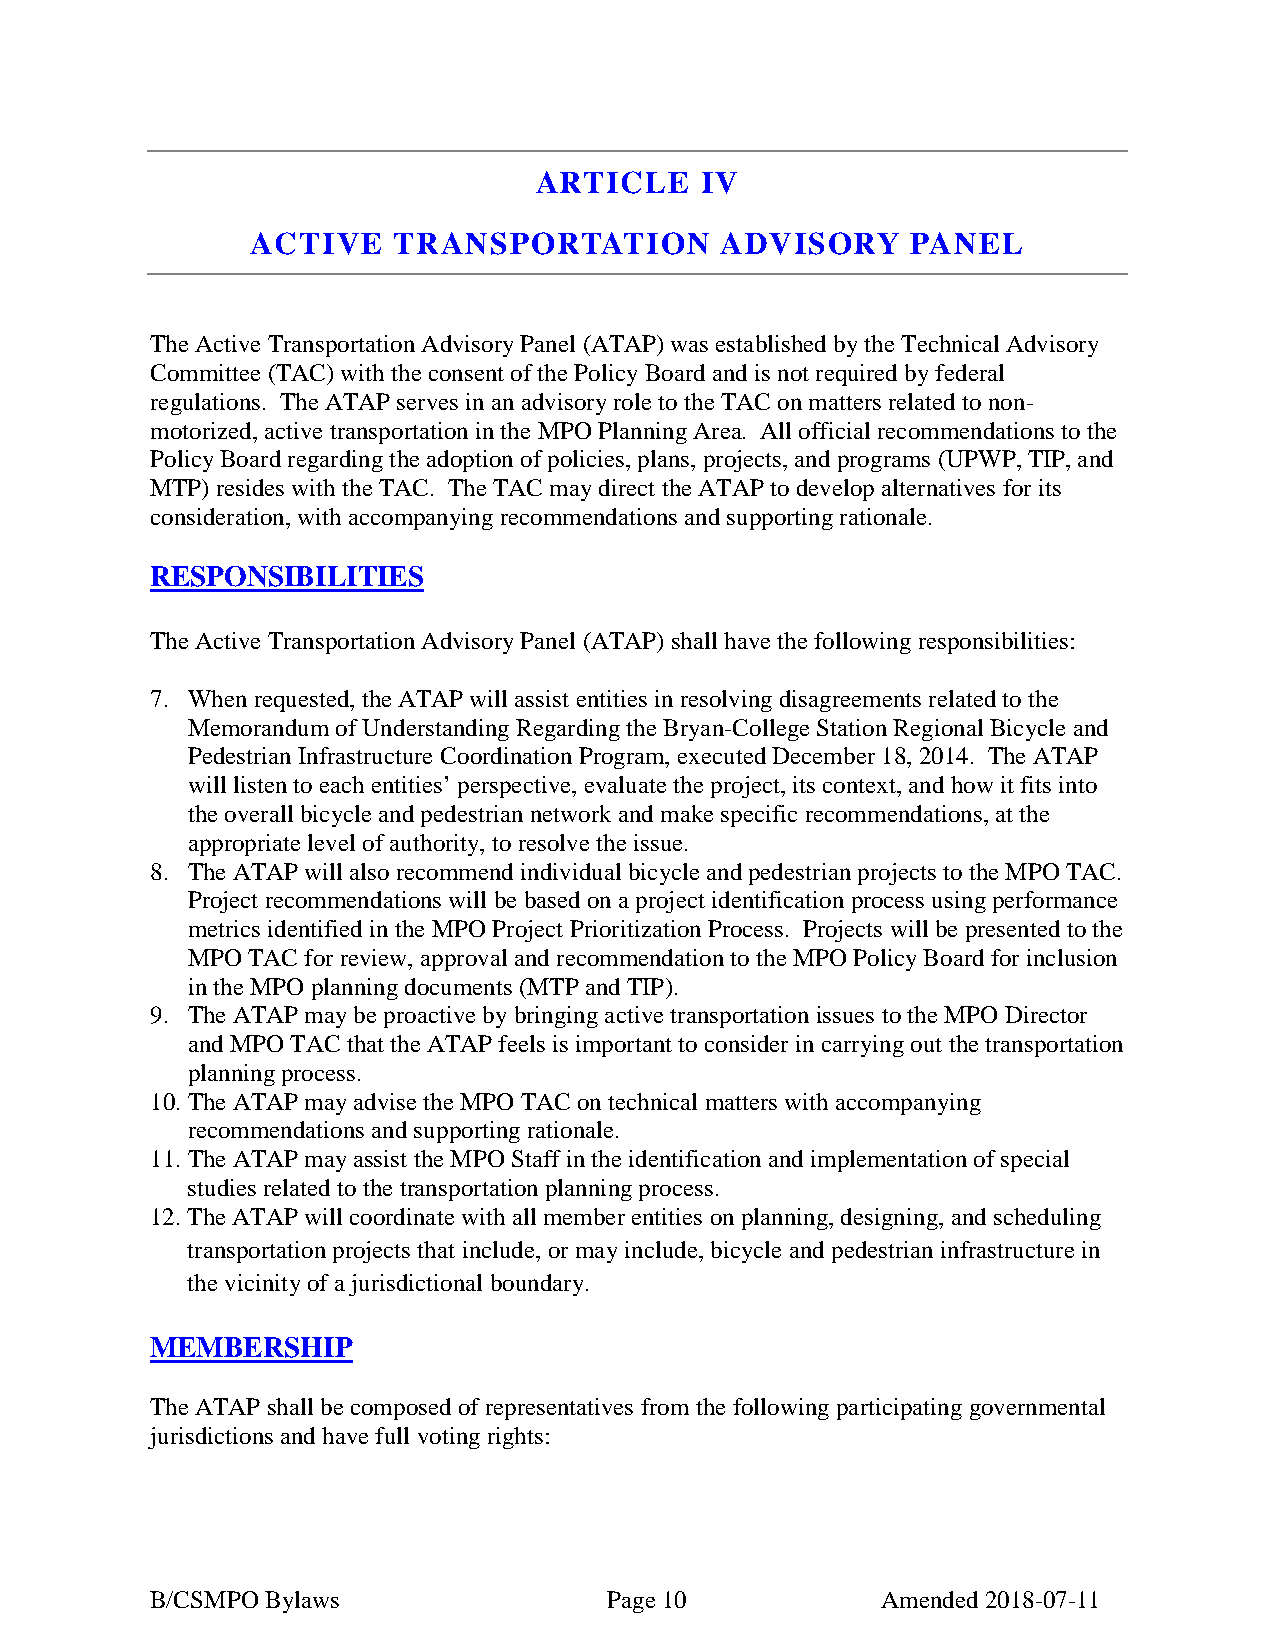
ARTICLE    IV
 ACTIVE   TRANSPORTATION        ADVISORY    PANEL
 The Active Transportation Advisory Panel (ATAP) was established by the Technical Advisory
 Committee (TAC) with the consent of the Policy Board and is not required by federal
 regulations. The ATAP serves in an advisory role to the TAC on matters related to non-
 motorized, active transportation in the MPO Planning Area. All official recommendations to the
 Policy Board regarding the adoption of policies, plans, projects, and programs (UPWP, TIP, and
 MTP) resides with the TAC. The TAC may direct the ATAP to develop alternatives for its
 consideration, with accompanying recommendations and supporting rationale.
 RESPONSIBILITIES
 The Active Transportation Advisory Panel (ATAP) shall have the following responsibilities:
 7. When requested, the ATAP will assist entities in resolving disagreements related to the
 Memorandum of Understanding Regarding the Bryan-College Station Regional Bicycle and
 Pedestrian Infrastructure Coordination Program, executed December 18, 2014. The ATAP
 will listen to each entities’ perspective, evaluate the project, its context, and how it fits into
 the overall bicycle and pedestrian network and make specific recommendations, at the
 appropriate level of authority, to resolve the issue.
 8. The ATAP will also recommend individual bicycle and pedestrian projects to the MPO TAC.
 Project recommendations will be based on a project identification process using performance
 metrics identified in the MPO Project Prioritization Process. Projects will be presented to the
 MPO TAC for review, approval and recommendation to the MPO Policy Board for inclusion
 in the MPO planning documents (MTP and TIP).
 9. The ATAP may be proactive by bringing active transportation issues to the MPO Director
 and MPO TAC that the ATAP feels is important to consider in carrying out the transportation
 planning process.
 10. The ATAP may advise the MPO TAC on technical matters with accompanying
 recommendations and supporting rationale.
 11. The ATAP may assist the MPO Staff in the identification and implementation of special
 studies related to the transportation planning process.
 12. The ATAP will coordinate with all member entities on planning, designing, and scheduling
 transportation projects that include, or may include, bicycle and pedestrian infrastructure in
 the vicinity of a jurisdictional boundary.
 MEMBERSHIP
 The ATAP shall be composed of representatives from the following participating governmental
 jurisdictions and have full voting rights:
 B/CSMPO Bylaws                Page 10           Amended 2018-07-11